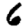
Digit: 6